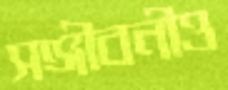
সঞ্জীবনীও